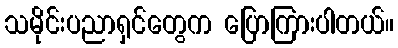
သမိုင်းပညာရှင်တွေက ပြောကြားပါတယ်။